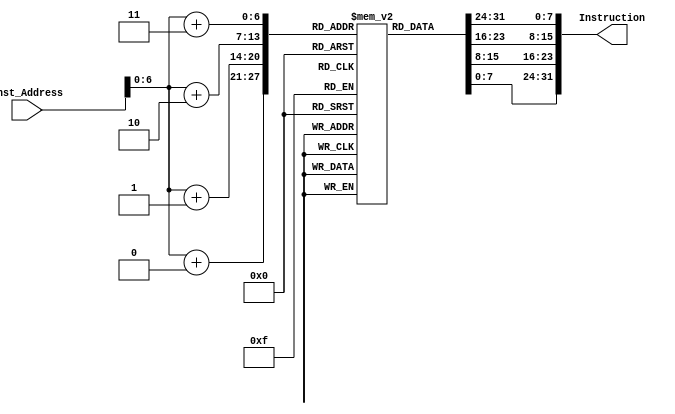
`timescale 1ns / 1ps
//////////////////////////////////////////////////////////////////////////////////
// Company: 
// Engineer: 
// 
// Design Name: 
// Module Name: Instruction_Memory
// Project Name: 
// Target Devices: 
// Tool Versions: 
// Description: 
// 
// Dependencies: 
// 
// Revision:
// Revision 0.01 - File Created
// Additional Comments:
// 
//////////////////////////////////////////////////////////////////////////////////


module Instruction_Memory
(
input [63:0] Inst_Address,
output reg [31:0] Instruction
);
reg [7:0] inst_mem [87:0];
initial
begin
{inst_mem[3], inst_mem[2], inst_mem[1], inst_mem[0]} = 32'h00000913;//1
      {inst_mem[7], inst_mem[6], inst_mem[5], inst_mem[4]} = 32'h00000433;//2
      {inst_mem[11], inst_mem[10], inst_mem[9], inst_mem[8]} = 32'h04b40863;//3
      {inst_mem[15], inst_mem[14], inst_mem[13], inst_mem[12]} = 32'h00800eb3;//4
      {inst_mem[19], inst_mem[18], inst_mem[17], inst_mem[16]} = 32'h000409b3;//5	
      {inst_mem[23], inst_mem[22], inst_mem[21], inst_mem[20]} = 32'h013989b3;//6
      {inst_mem[27], inst_mem[26], inst_mem[25], inst_mem[24]} = 32'h013989b3;//7
      {inst_mem[31], inst_mem[30], inst_mem[29], inst_mem[28]} = 32'h013989b3;//8
      {inst_mem[35], inst_mem[34], inst_mem[33], inst_mem[32]} = 32'h02be8663;//9
      {inst_mem[39], inst_mem[38], inst_mem[37], inst_mem[36]} = 32'h001e8e93;//10	
      {inst_mem[43], inst_mem[42], inst_mem[41], inst_mem[40]} = 32'h00898993;//11
      {inst_mem[47], inst_mem[46], inst_mem[45], inst_mem[44]} = 32'h00093d03;//12
      {inst_mem[51], inst_mem[50], inst_mem[49], inst_mem[48]} = 32'h0009bd83;//13
      {inst_mem[55], inst_mem[54], inst_mem[53], inst_mem[52]} = 32'h01bd4463;//14
      {inst_mem[59], inst_mem[58], inst_mem[57], inst_mem[56]} = 32'hfe0004e3;//15
      {inst_mem[63], inst_mem[62], inst_mem[61], inst_mem[60]} = 32'h01a002b3;//16
      {inst_mem[67], inst_mem[66], inst_mem[65], inst_mem[64]} = 32'h01b93023;//17
      {inst_mem[71], inst_mem[70], inst_mem[69], inst_mem[68]} = 32'h0059b023;//18
      {inst_mem[75], inst_mem[74], inst_mem[73], inst_mem[72]} = 32'hfc000ce3;//19
      {inst_mem[79], inst_mem[78], inst_mem[77], inst_mem[76]} = 32'h00140413;//20
      {inst_mem[83], inst_mem[82], inst_mem[81], inst_mem[80]} = 32'h00890913;//21
      {inst_mem[87], inst_mem[86], inst_mem[85], inst_mem[84]} = 32'hfa000ae3;//22
end
always @(Inst_Address)
begin
Instruction[7:0] = inst_mem[Inst_Address+0];
      Instruction[15:8] = inst_mem[Inst_Address+1];
      Instruction[23:16] = inst_mem[Inst_Address+2];
      Instruction[31:24] = inst_mem[Inst_Address+3];
end
endmodule